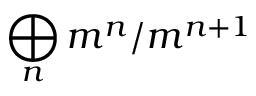
\bigoplus _ { n } m ^ { n } / m ^ { n + 1 }